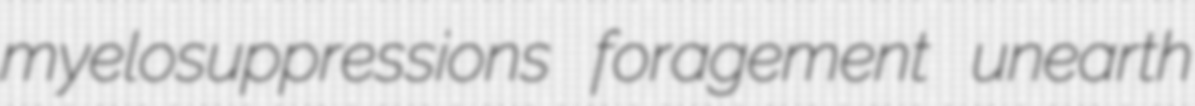
myelosuppressions foragement unearth